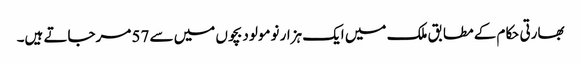
بھارتی حکام کے مطابق ملک میں ایک ہزار نومولود بچوں میں سے 57 مرجاتے ہیں۔